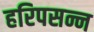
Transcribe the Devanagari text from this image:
हरिपसन्न